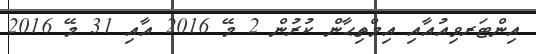
އިންޓަރވިއުއާއި އިމްތިޙާން ކުރުން 2 މޭ 2016 އާއި 31 މޭ 2016